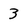
Character: 3